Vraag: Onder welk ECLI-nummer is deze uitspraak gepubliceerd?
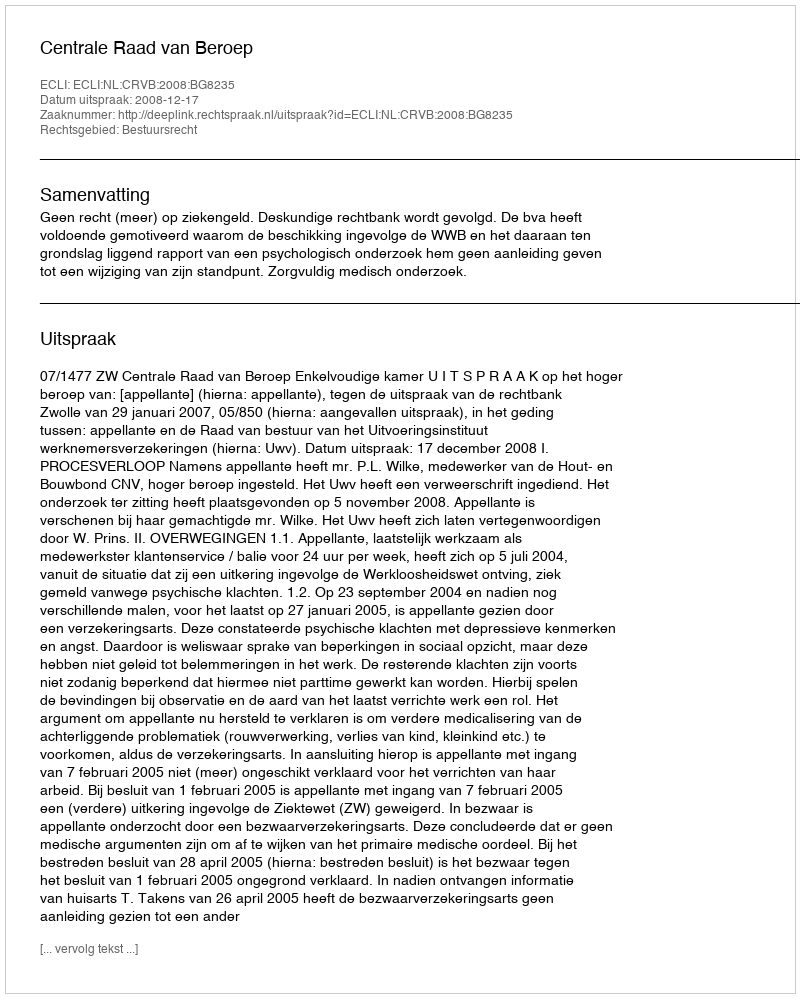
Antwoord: ECLI:NL:CRVB:2008:BG8235